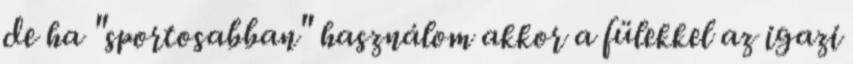
de ha "sportosabban" használom akkor a fülekkel az igazi